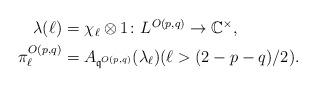
LaTeX: \begin{align*}\begin{aligned}\lambda(\ell) &=_{} \chi_\ell \otimes 1 \colon L^{O(p,q)}\rightarrow {\mathbb C}^\times, \\ \pi^{O(p,q)}_\ell &= A_{{\mathfrak q}^{O(p,q)}}(\lambda_\ell) (\ell > (2-p-q)/2).\end{aligned}\end{align*}